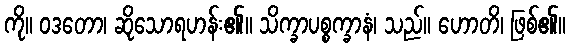
ကို။ ဝဒတော၊ ဆိုသောရဟန်း၏။ သိက္ခာပစ္စက္ခာနံ၊ သည်။ ဟောတိ၊ ဖြစ်၏။